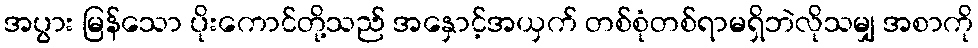
အပွား မြန်သော ပိုးကောင်တို့သည် အနှောင့်အယှက် တစ်စုံတစ်ရာမရှိဘဲလိုသမျှ အစာကို